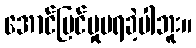
အောင်မြင်မှုမရခဲ့ပါဘူး။